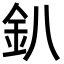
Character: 釟